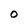
Character: 0